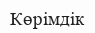
Көрімдік